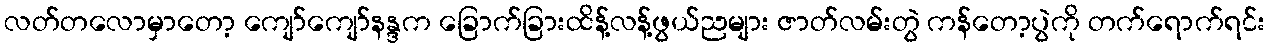
လတ်တလောမှာတော့ ကျော်ကျော်နန္ဒက ခြောက်ခြားထိန့်လန့်ဖွယ်ညများ ဇာတ်လမ်းတွဲ ကန်တော့ပွဲကို တက်ရောက်ရင်း